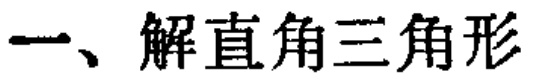
一、解直角三角形